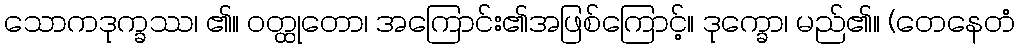
သောကဒုက္ခဿ၊ ၏။ ဝတ္ထုတော၊ အကြောင်း၏အဖြစ်ကြောင့်။ ဒုက္ခော၊ မည်၏။ (တေနေတံ